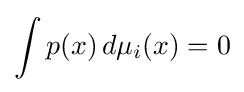
\int p(x)\,d\mu _{i}(x)=0